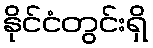
နိုင်ငံတွင်းရှိ